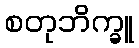
စတုဘိက္ခူ